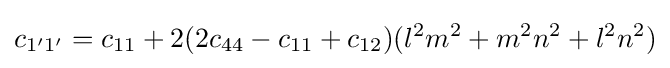
c_{1'1'}=c_{11}+2(2c_{44}-c_{11}+c_{12})(l^{2}m^{2}+m^{2}n^{2}+l^{2}n^{2})